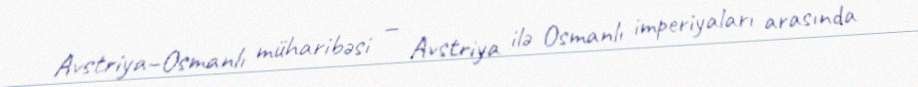
Avstriya–Osmanlı müharibəsi — Avstriya ilə Osmanlı imperiyaları arasında